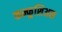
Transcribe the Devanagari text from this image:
कन्फूशिअस